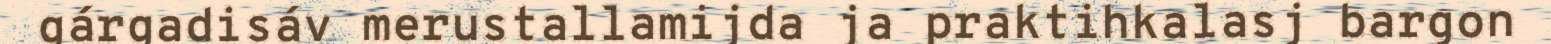
gárgadisáv merustallamijda ja praktihkalasj bargon